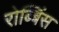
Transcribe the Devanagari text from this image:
रोब्बिंस